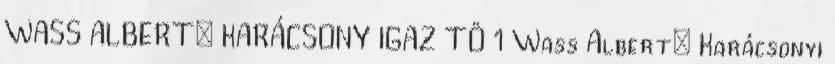
WASS ALBERT: KARÁCSONY IGAZ TÖ 1 Wass Albert: Karácsonyi